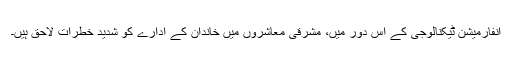
انفارمیشن ٹیکنالوجی کے اس دور میں، مشرقی معاشروں میں خاندان کے ادارے کو شدید خطرات لاحق ہیں۔